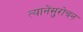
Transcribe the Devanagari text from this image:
त्यानेंसुरोचन